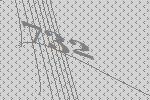
732